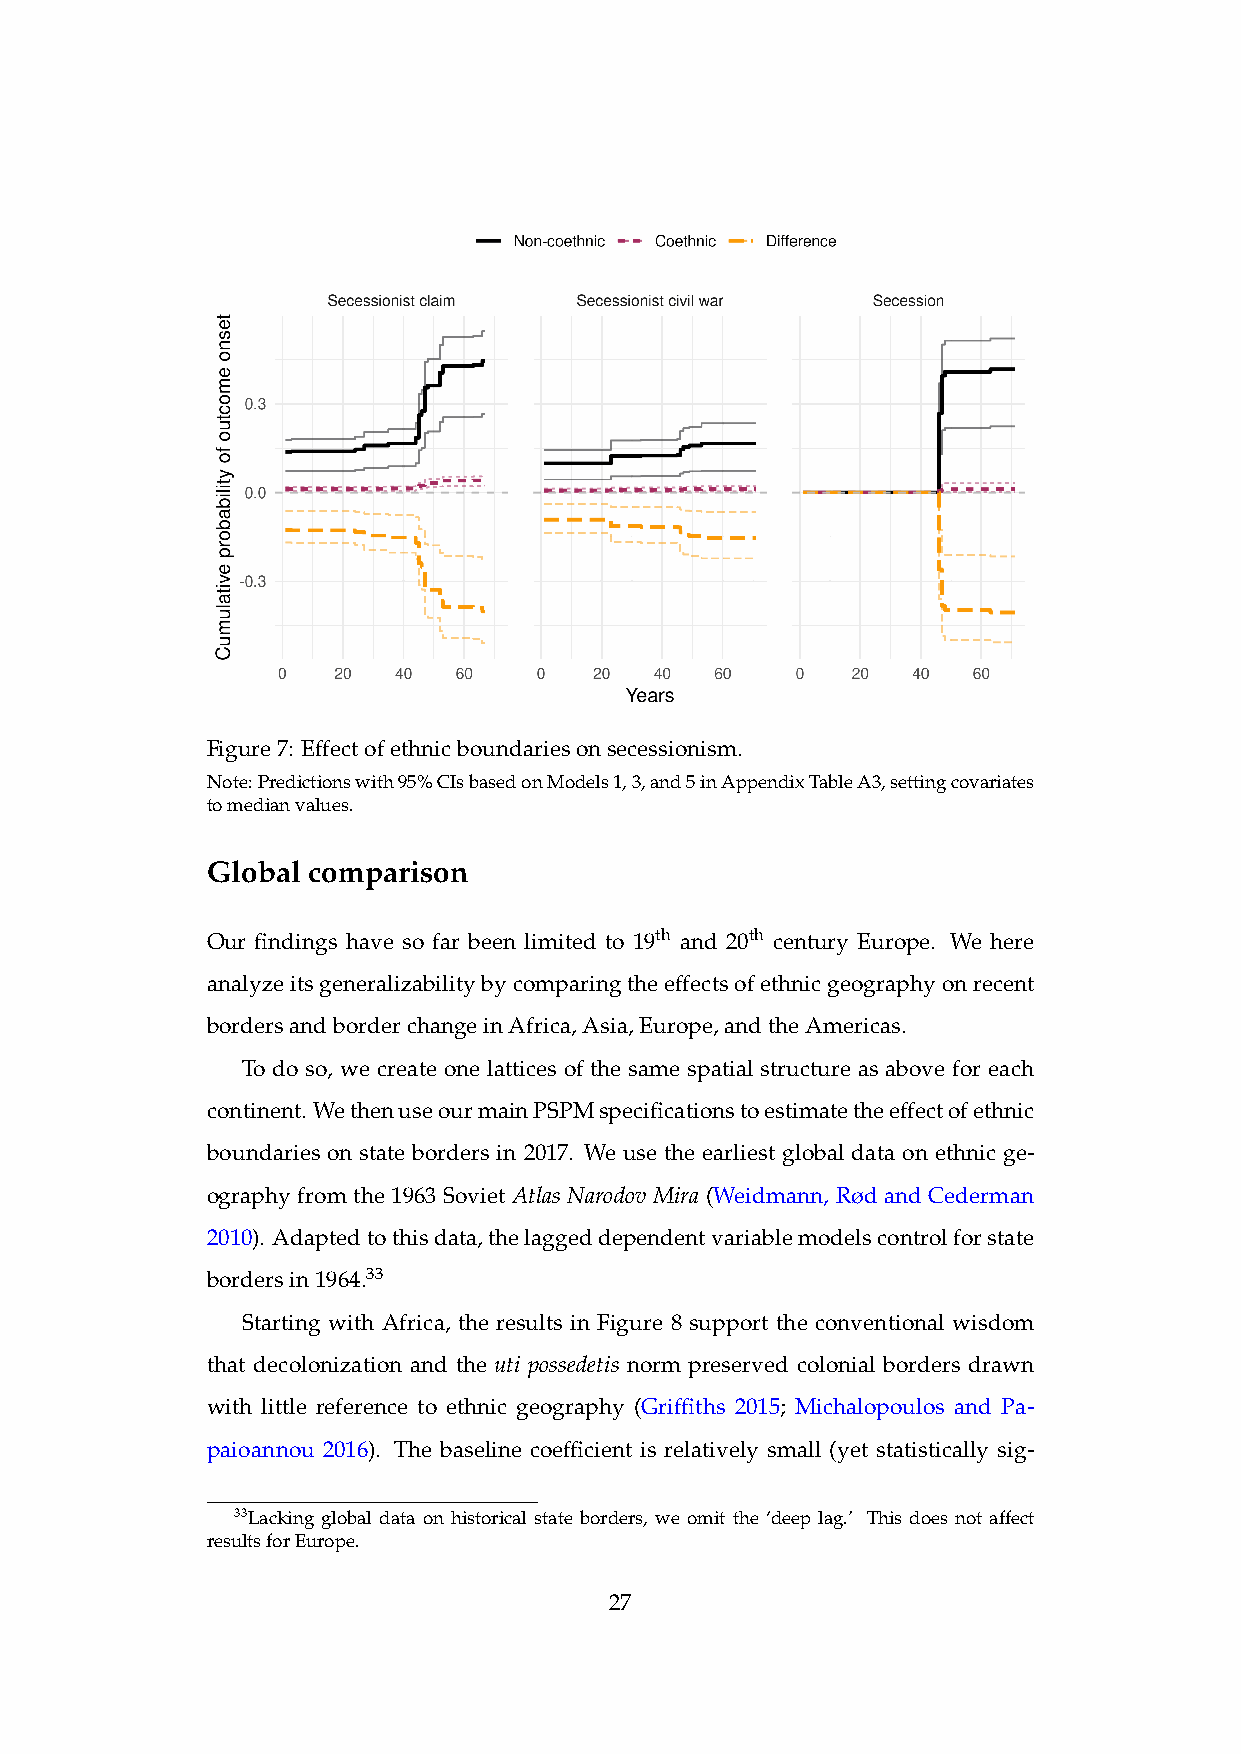
Figure7: Effectofethnicboundariesonsecessionism.
 Note:Predictionswith95%CIsbasedonModels1,3,and5inAppendixTableA3,settingcovariates
 tomedianvalues.
 Global comparison
 Our findings have so far been limited to 19th and 20th century Europe. We here
 analyzeitsgeneralizabilitybycomparingtheeffectsofethnicgeographyonrecent
 bordersandborderchangeinAfrica,Asia,Europe,andtheAmericas.
 To do so, we create one lattices of the same spatial structure as above for each
 continent. WethenuseourmainPSPMspecificationstoestimatetheeffectofethnic
 boundaries on state borders in 2017. We use the earliest global data on ethnic ge-
 ography from the 1963 Soviet Atlas Narodov Mira (Weidmann, Rød and Cederman
 2010). Adaptedtothisdata,thelaggeddependentvariablemodelscontrolforstate
 bordersin1964.33
 Starting with Africa, the results in Figure 8 support the conventional wisdom
 that decolonization and the uti possedetis norm preserved colonial borders drawn
 with little reference to ethnic geography (Griffiths 2015; Michalopoulos and Pa-
 paioannou 2016). The baseline coefficient is relatively small (yet statistically sig-
 33Lacking global data on historical state borders, we omit the ‘deep lag.’ This does not affect
 resultsforEurope.
 27